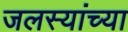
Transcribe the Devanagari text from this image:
जलस्यांच्या